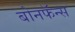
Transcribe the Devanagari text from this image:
बोनफॅन्स